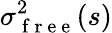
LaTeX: \sigma_{\mathrm{~f~r~e~e~}}^{2}(s)